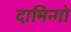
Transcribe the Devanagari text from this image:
दामिन्गो